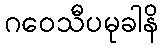
ဂဝေသီပမုခါနိ